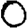
Digit: 0